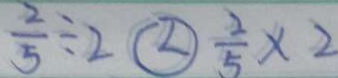
\frac { 2 } { 5 } \div 2 \textcircled { < } \frac { 2 } { 5 } \times 2